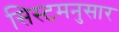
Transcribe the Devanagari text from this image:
सिस्टमनुसार